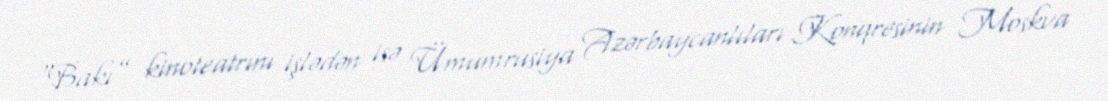
“Bakı” kinoteatrını işlədən isə Ümumrusiya Azərbaycanlıları Konqresinin Moskva